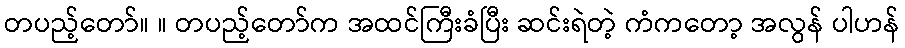
တပည့်တော်။ ။ တပည့်တော်က အထင်ကြီးခံပြီး ဆင်းရဲတဲ့ ကံကတော့ အလွန် ပါဟန်